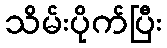
သိမ်းပိုက်ပြီး